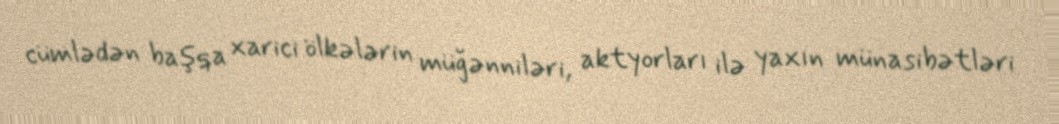
cümlədən başqa xarici ölkələrin müğənniləri, aktyorları ilə yaxın münasibətləri